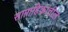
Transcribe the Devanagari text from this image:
साप्ताहिकांतील